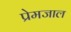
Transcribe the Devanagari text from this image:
प्रेमजाल